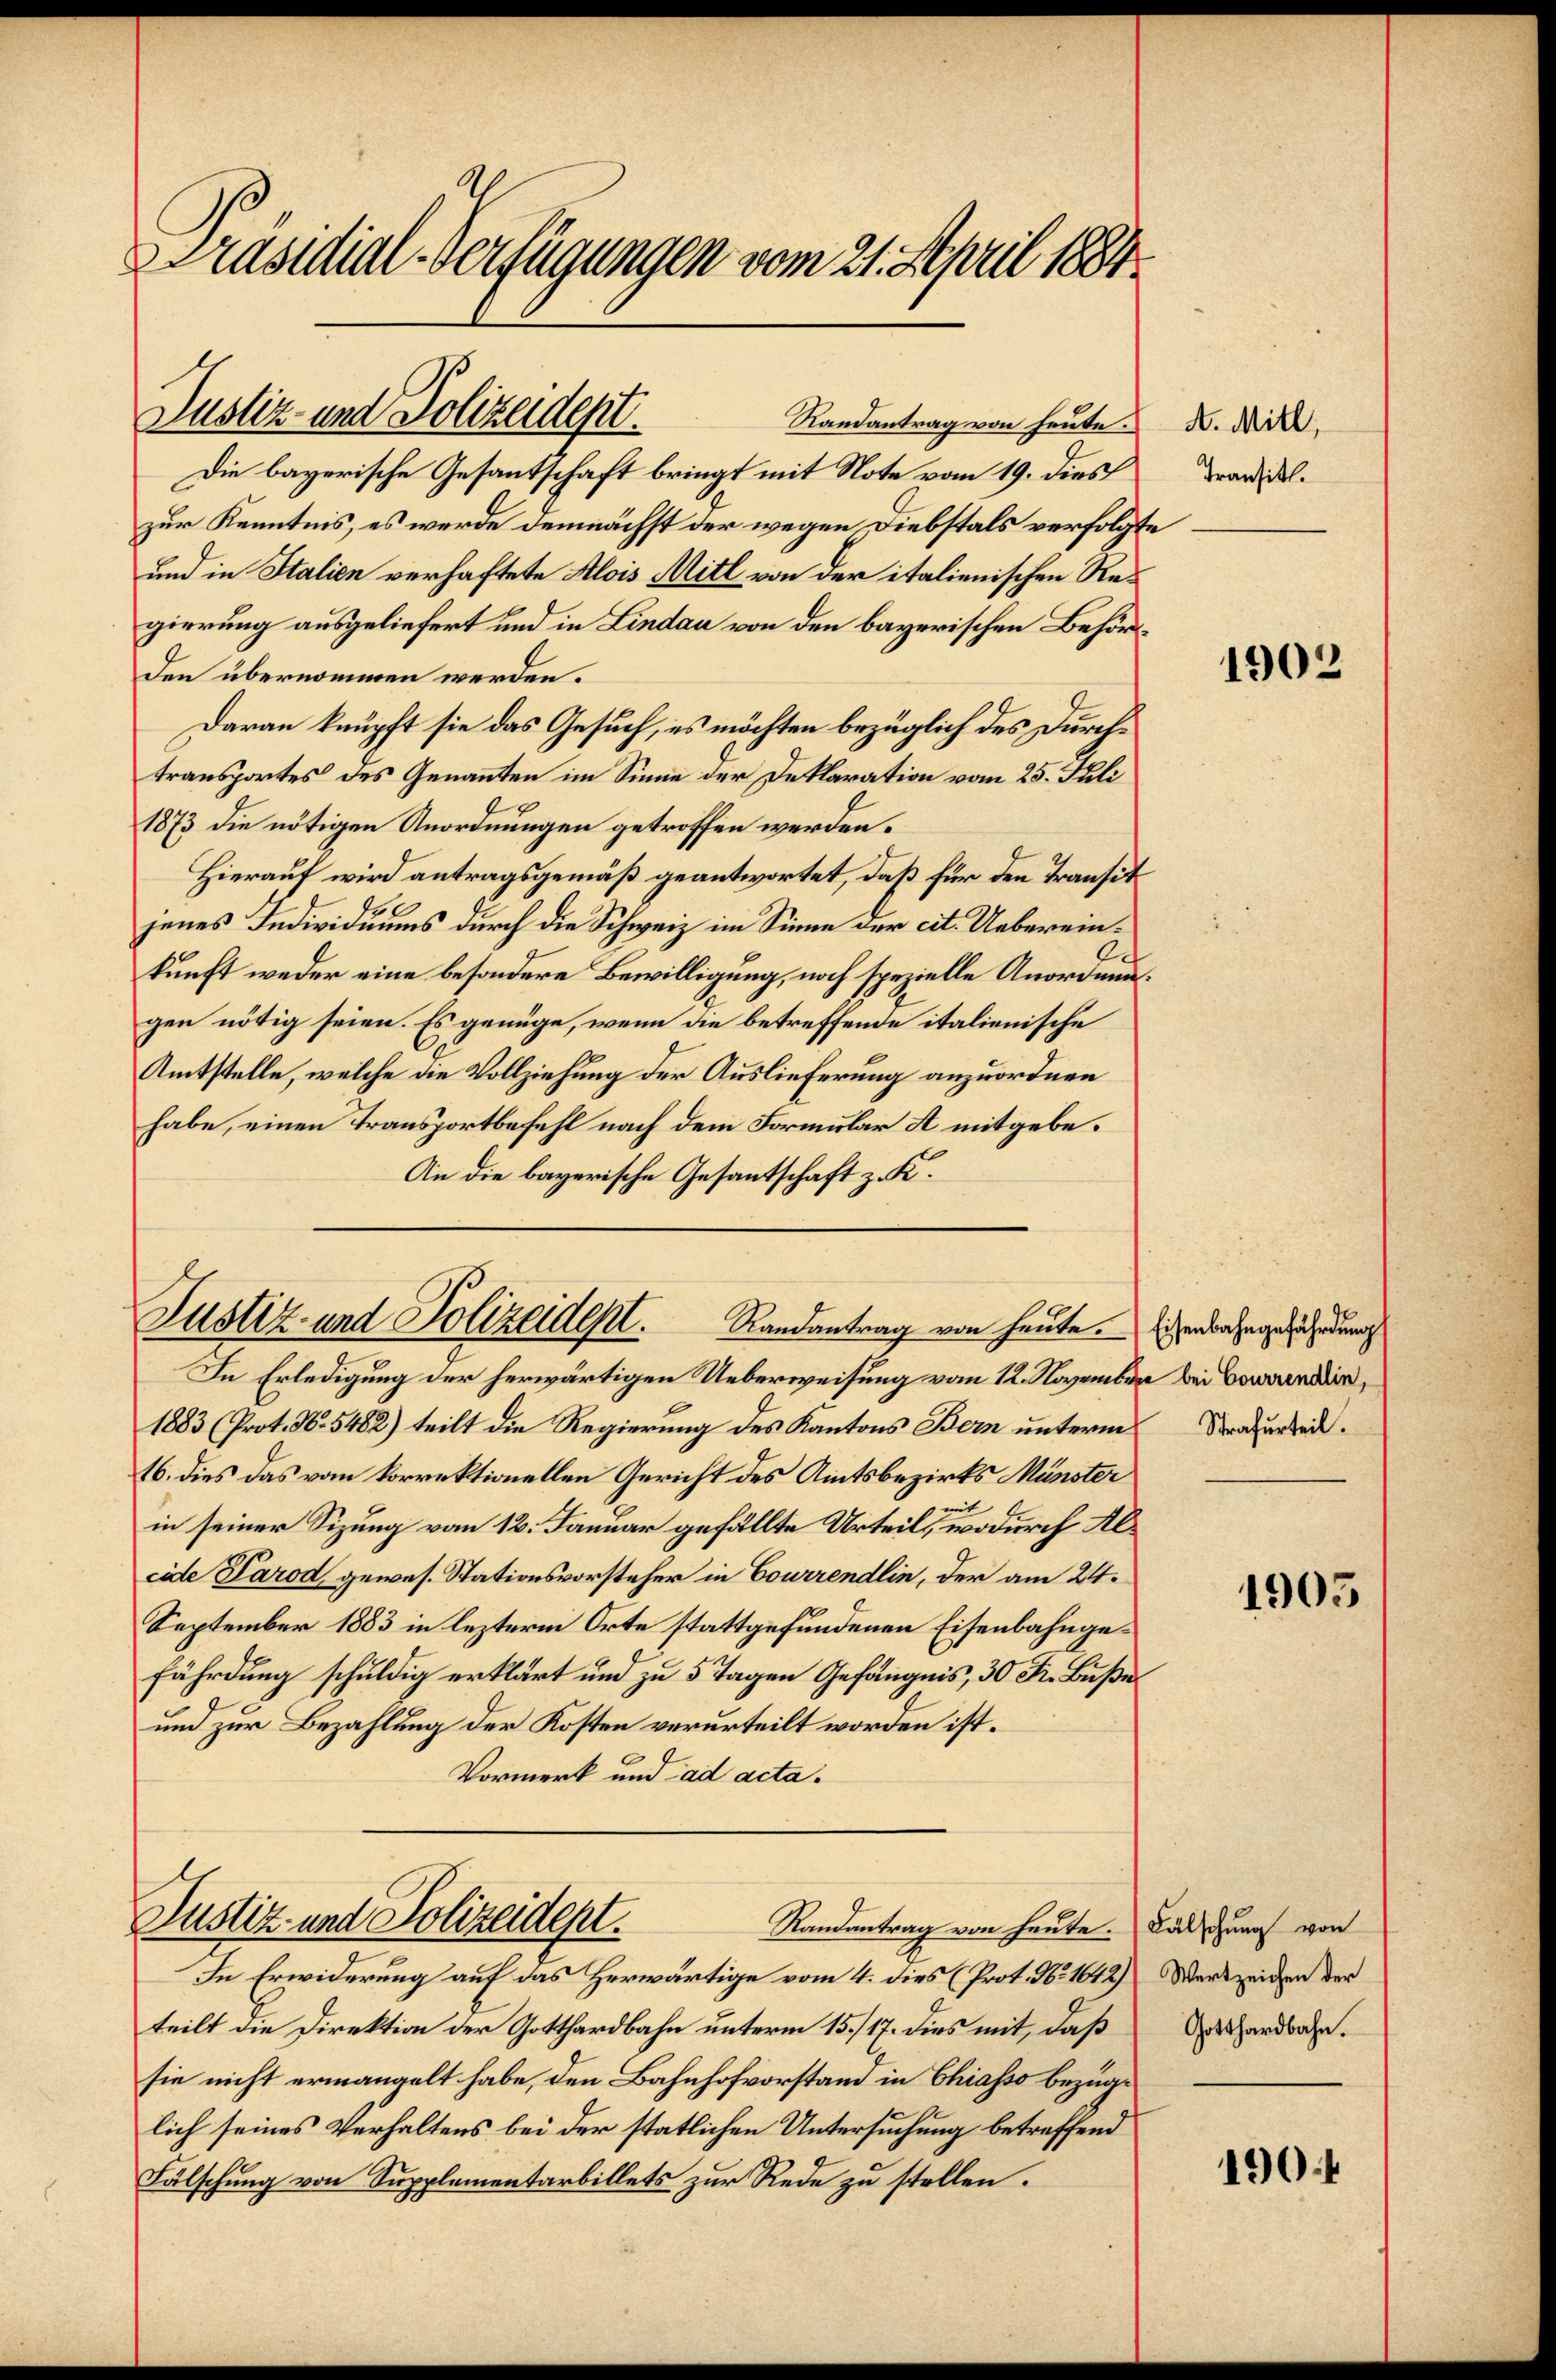
Präsidial-Verfügungen vom 21. April 1884.

Justiz- und Polizeidept.

Randantrag von heute.
Die bayerische Gesandtschaft bringt mit Note vom 19. dies
zur Kenntnis, es werde demnächst der wegen Diebstals verfolgte
und in Italien verhaftete Alois Mitl von der italienischen Regierung ausgeliefert und in Lindau von den bayerischen Behörden übernommen werden.
Daran knüpft sie das Gesuch, es möchten bezüglich des Durchtransportes des Genannten im Sinne der Deklaration vom 25. Juli
1873 die nötigen Anordnungen getroffen werden.
Hierauf wird antragsgemäß geantwortet, daß für den Transit
l
jenes Individiums durch die Schweiz im Sinne der cit. Ueberein¬
.
kunft weder eine besondere Bewilligung, noch spezielle Anordnungen nötig seien. Es genüge, wenn die betreffende italienische
Amtstelle, welche die Vollziehung der Auslieferung anzuordnen
habe, einen Transportbefehl nach dem Formular A mitgebe¬
An die bayerische Gesantschaft z. K.

Justiz- und Polizeidept.
Randantrag von heute. Eisenbahngefährdung

In Erledigung der herwärtigen Ueberweisung vom 12. November bei Baaren,
1883 (Prot. No. 5482) teilt die Regierung des Kantons Bern unterm Strafurtei.
16. dies das vom korrektionellen Gericht des Amtsbezirks Münster
in seiner Sizung vom 12. Januar gefällte Urteil, wodurch Alcide Parod gewes. Stationsvorsteher in Courrendlin, der am 24.
September 1883 in lezterm Orte stattgefundenen Eisenbahngefährdung schuldig erklärt und zu 5 Tagen Gefängnis, 30 Fr. Buße
und zur Bezahlung der Kosten verurteilt worden ist.
Vormerk und ad acta.
Justiz- und Polizeident.
Randantrag von heute. Fälschung von
In Erwiderung auf das Herwärtige vom 4. dies (Prot. No. 1612) Werk zeigen der
teilt die Direktion der Gotthardbahn unterm 15./17. dies mit, daß
sie nicht ermangelt habe, den Bahnhofvorstand in Chiasso bezüglich seines Verhaltens bei der statlichen Untersuchung betreffend
Fälschung von Supplementarbillets zur Rede zu stellen.

A. Mitl
Transitt.

1902

1905

Gotthardbahn.

1904